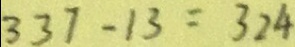
3 3 7 - 1 3 = 3 2 4